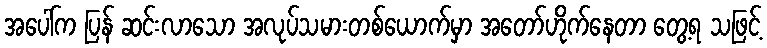
အပေါ်က ပြန် ဆင်းလာသော အလုပ်သမားတစ်ယောက်မှာ အတော်ဟိုက်နေတာ တွေ့ရ သဖြင့်